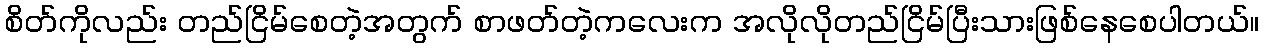
စိတ်ကိုလည်း တည်ငြိမ်စေတဲ့အတွက် စာဖတ်တဲ့ကလေးက အလိုလိုတည်ငြိမ်ပြီးသားဖြစ်နေစေပါတယ်။